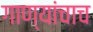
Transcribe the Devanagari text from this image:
गाण्यांचाच